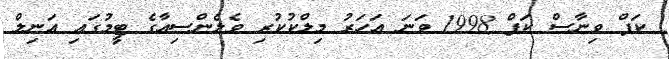
ކަޕް ވިނާސް ކަޕް 1998 ވަނަ އަހަރު މިލްކުކުރި ވެލެންސިއާގެ ޓީމުގައި އަނިލް